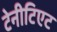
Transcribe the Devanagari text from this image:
टेनीटिएट